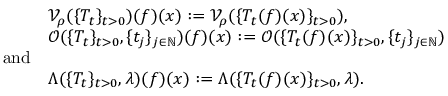
\begin{array} { r l } & { \mathcal { V } _ { \rho } ( \{ T _ { t } \} _ { t > 0 } ) ( f ) ( x ) : = \mathcal { V } _ { \rho } ( \{ T _ { t } ( f ) ( x ) \} _ { t > 0 } ) , } \\ & { \mathcal { O } ( \{ T _ { t } \} _ { t > 0 } , \{ t _ { j } \} _ { j \in \mathbb { N } } ) ( f ) ( x ) : = \mathcal { O } ( \{ T _ { t } ( f ) ( x ) \} _ { t > 0 } , \{ t _ { j } \} _ { j \in \mathbb { N } } ) } \\ { \mathrm { a n d } } \\ & { \Lambda ( \{ T _ { t } \} _ { t > 0 } , \lambda ) ( f ) ( x ) : = \Lambda ( \{ T _ { t } ( f ) ( x ) \} _ { t > 0 } , \lambda ) . } \end{array}